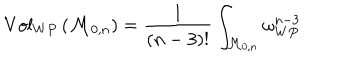
V o l _ { W P } \left( { \cal M } _ { 0 , n } \right) = \frac { 1 } { ( n - 3 ) ! } \int _ { { \cal M } _ { 0 , n } } \omega _ { W P } ^ { n - 3 }